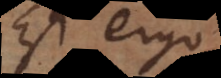
Est ergo